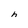
Character: h